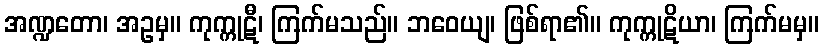
အဏ္ဍတော၊ အဥမှ။ ကုက္ကုဋီ၊ ကြက်မသည်။ ဘဝေယျ၊ ဖြစ်ရာ၏။ ကုက္ကုဋိယာ၊ ကြက်မမှ။